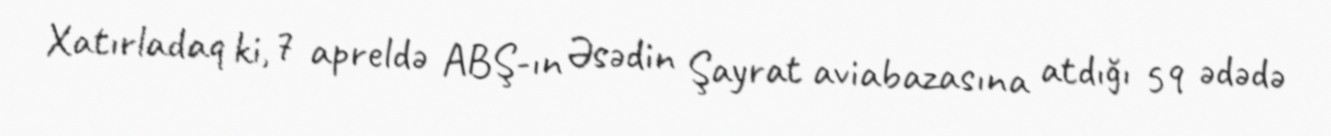
Xatırladaq ki, 7 apreldə ABŞ-ın Əsədin Şayrat aviabazasına atdığı 59 ədədə